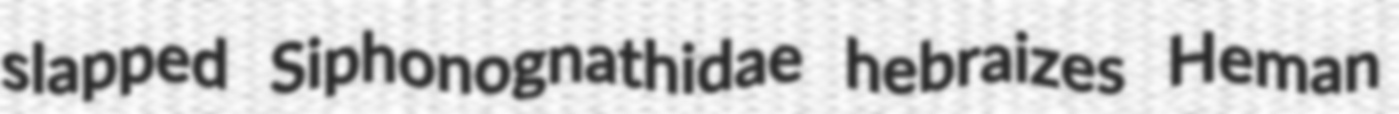
slapped Siphonognathidae hebraizes Heman